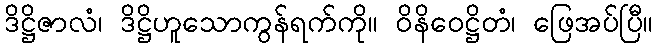
ဒိဋ္ဌိဇာလံ၊ ဒိဋ္ဌိဟူသောကွန်ရက်ကို။ ဝိနိဝေဋ္ဌိတံ၊ ဖြေအပ်ပြီ။